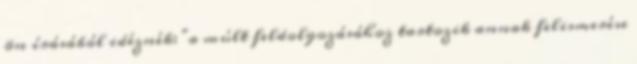
ön írásából idéznék: "a múlt feldolgozásához tartozik annak felismerése